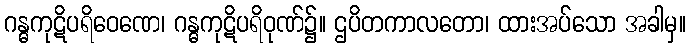
ဂန္ဓကုဋိပရိဝေဏေ၊ ဂန္ဓကုဋိပရိဝုဏ်၌။ ဌပိတကာလတော၊ ထားအပ်သော အခါမှ။